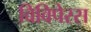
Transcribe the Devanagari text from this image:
विविपेरस